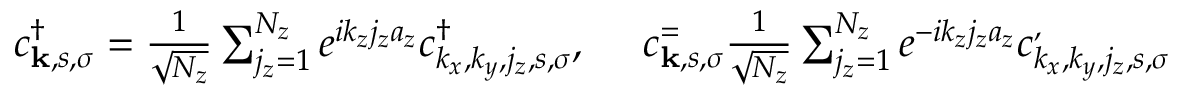
\begin{array} { r } { c _ { { \bf k } , s , \sigma } ^ { \dagger } = \frac { 1 } { \sqrt { N _ { z } } } \sum _ { j _ { z } = 1 } ^ { N _ { z } } e ^ { i k _ { z } j _ { z } a _ { z } } c _ { k _ { x } , k _ { y } , j _ { z } , s , \sigma } ^ { \dagger } , ~ ~ ~ ~ c _ { { \bf k } , s , \sigma } ^ = \frac { 1 } { \sqrt { N _ { z } } } \sum _ { j _ { z } = 1 } ^ { N _ { z } } e ^ { - i k _ { z } j _ { z } a _ { z } } c _ { k _ { x } , k _ { y } , j _ { z } , s , \sigma } ^ , } \end{array}